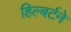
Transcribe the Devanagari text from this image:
हिल्बर्टने